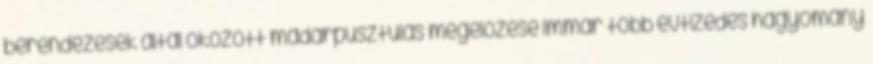
berendezések által okozott madárpusztulás megelőzése immár több évtizedes hagyomány